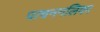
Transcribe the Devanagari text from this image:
पाचननलिका